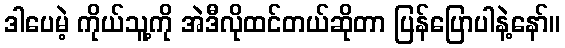
ဒါပေမဲ့ ကိုယ်သူ့ကို အဲဒီလိုထင်တယ်ဆိုတာ ပြန်ပြောပါနဲ့နော်။